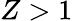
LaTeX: Z>1